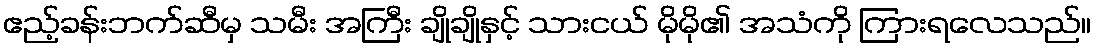
ဧည့်ခန်းဘက်ဆီမှ သမီး အကြီး ချိုချိုနှင့် သားငယ် မိုမို၏ အသံကို ကြားရလေသည်။